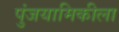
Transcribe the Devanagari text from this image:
पुंजयामिकीला